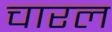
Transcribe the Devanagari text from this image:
चारल